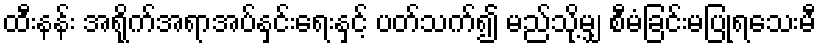
ထီးနန်း အရိုက်အရာအပ်နှင်းရေးနှင့် ပတ်သက်၍ မည်သို့မျှ စီမံခြင်းမပြုရသေးမီ